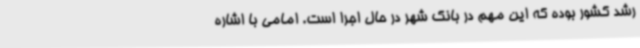
رشد کشور بوده که این مهم در بانک شهر در حال اجرا است. امامی با اشاره